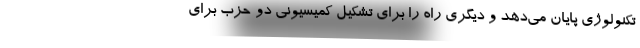
تکنولوژی پایان می‌دهد و دیگری راه را برای تشکیل کمیسیونی دو حزب برای